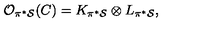
{ \cal O } _ { \pi ^ { * } { \cal S } } ( C ) = K _ { \pi ^ { * } { \cal S } } \otimes L _ { \pi ^ { * } { \cal { S } } } ,